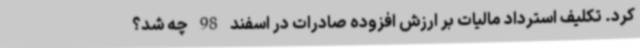
کرد. تکلیف استرداد مالیات بر ارزش افزوده صادرات در اسفند 98 چه شد؟